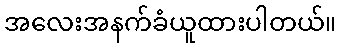
အလေးအနက်ခံယူထားပါတယ်။